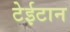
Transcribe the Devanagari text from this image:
टेईटान